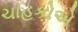
ચાહકોએ